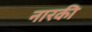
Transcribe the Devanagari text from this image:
नारकी